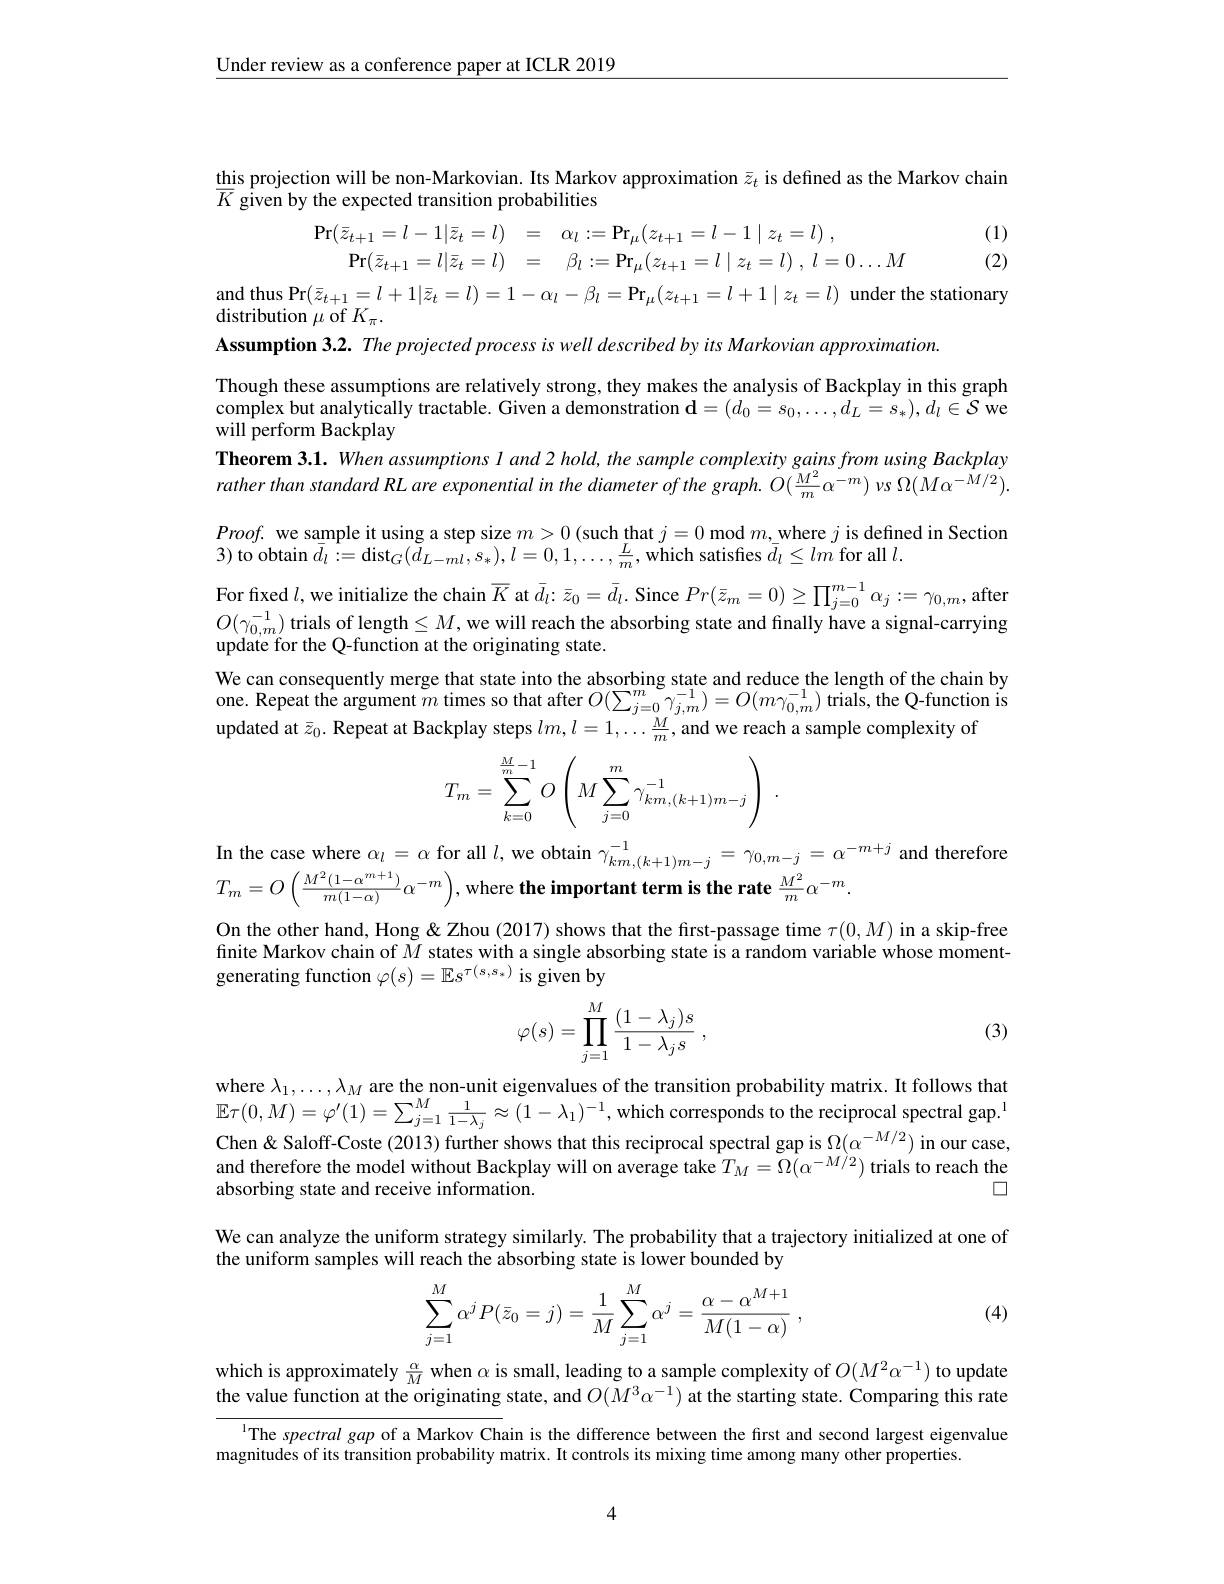
$\underline{\text{Under review as a conference paper at ICLR 2019}}$

this projection will be non-Markovian. Its Markov approximation $\bar{z}_t$ is defined as the Markov chain
$\overline{K}$ given by the expected transition probabilities
$$\begin{aligned}\Pr(\bar{z}_{t+1}=l-1|\bar{z}_{t}=l)&=\quad\alpha_{l}:=\Pr_{\mu}(z_{t+1}=l-1\mid z_{t}=l)\:,\\\Pr(\bar{z}_{t+1}=l|\bar{z}_{t}=l)&=\quad\beta_{l}:=\Pr_{\mu}(z_{t+1}=l\mid z_{t}=l)\:,\:l=0\ldots M\\\Pr(\bar{z}_{t+1}=l+1|\bar{z}_{t}=l)&=1-\alpha_{l}-\beta_{l}=\Pr_{\mu}(z_{t+1}=l+1\mid z_{t}=l)\:\mathrm{under~th}\\\mathrm{on}\:\mu\:\mathrm{of}\:K_{\pi}.\end{aligned}$$
(1) (2)

distribution $\mu$ of $K_\pi.$
Assumption 3.2. The projected process is well described by its Markovian approximation.
Though these assumptions are relatively strong, they makes the analysis of Backplay in this graph complex but analytically tractable. Given a demonstration $\mathbf{d}=(d_0=s_0,\ldots,d_L=s_*),d_l\in\mathcal{S}$ we will perform Backplay
Theorem $3.1.When$ assumptions l and 2 hold, the sample complexity gains from using Backplay rather than standard RL are exponential in the diameter of the graph. $O( \frac {M^2}m\alpha ^{- m})$ $vs$ $\Omega ( M\alpha ^{- M/ 2}) .$ $Proof.$ we sample it using a step size $m>0$ (such that $j=0$ mod $m$,where $j$ is defined in Section 3) to obtain $\bar{d}_l:=$dist$_G(\tilde{d}_{L-ml},s_{*}),l=0,1,\ldots,\frac{L}{m}$,which satisfies $\bar{d}_l\leq lm$ for all $l.$
For fixed $l$,we initialize the chain $\overline{K}$ at $\bar{d}_l:\bar{z}_0=\bar{d}_l.$ Since $Pr(\bar{z}_m=0)\geq\prod_j=0^{m-1}\alpha_j:=\gamma_{0,m}$, after $O(\gamma_{0,m}^{-1})$ trials of length$\leq M$, we will reach the absorbing state and finally have a signal-carrying update for the Q-function at the originating state.
We can consequently merge that state into the absorbing state and reduce the length of the chain by one. Repeat the argument $m$ times so that after $O(\sum_j=0^{m}\gamma_{j,m}^{-1})=O(m\gamma_{0,m}^{-1})$ trials, the Q-function is updated at $\bar{z}_0.$ Repeat at Backplay steps $lm,l=1,\ldots\frac Mm$, and we reach a sample complexity of
$$T_m=\sum\limits_{k=0}^{\frac{M}{m}-1}O\left(M\sum\limits_{j=0}^{m}\gamma_{km,(k+1)m-j}^{-1}\right)\:.$$
In the case where $\alpha_l=\alpha$ for all $l$,we obtain $\gamma_km,(k+1)m-j^{-1}=\gamma_{0,m-j}=\alpha^{-m+j}$ and therefore
$T_{m}=O\left(\frac{M^{2}(1-\alpha^{m+1})}{m(1-\alpha)}\alpha^{-m}\right)$,where the important term is the rate $\frac{M^{2}}{m}\alpha^{-m}$
On the other hand, Hong & Zhou (2017) shows that the first-passage time $\tau(0,M)$ in a skip-free finite Markov chain of $\tilde{M}$ states with a single absorbing state is a random variable whose momentgenerating function $\varphi(s)=\mathbb{E}s^{\tau(s,s_*)}$ is given by
$$\varphi(s)=\prod_{j=1}^M\frac{(1-\lambda_j)s}{1-\lambda_js}\:,$$
(3)

where $\lambda_1,\ldots,\lambda_M$ are the non-unit eigenvalues of the transition probability matrix. It follows that $\mathbb{E} \tau ( 0, M) = \varphi ^{\prime }( 1) = \sum _{j= 1}^{M}\frac 1{1- \lambda _{j}}\approx ( 1- \lambda _{1}) ^{- 1}, \text{which corresponds to the reciprocal spectral gap. }^{1}$ Chen $\ $Saloff- Coste (2013) further shows that this reciprocal spectral gap is $\Omega ( \alpha ^{- M/ 2})$ in our case, and therefore the model without Backplay will on average take $T_M=\Omega(\alpha^{-M/2})$ trials to reach the
$\square$
absorbing state and receive information.
We can analyze the uniform strategy similarly. The probability that a trajectory initialized at one of
the uniform samples will reach the absorbing state is lower bounded by

(4)
$$\begin{aligned}\sum_{j=1}^M\alpha^jP(\bar{z}_0=j)=\frac{1}{M}\sum_{j=1}^M\alpha^j=\frac{\alpha-\alpha^{M+1}}{M(1-\alpha)}\:,\end{aligned}$$
which is approximately $\frac\alpha M$ when $\alpha$ is small, leading to a sample complexity of $O(M^2\alpha^{-1})$ to update the value function at the originating state, and $O(M^3\alpha^{-1})$ at the starting state. Comparing this rate

IThe spectral gap of a Markov Chain is the difference between the first and second largest eigenvalue
magnitudes of its transition probability matrix. It controls its mixing time among many other properties.

4